Scottish Leaving Certificate Examination, 1961
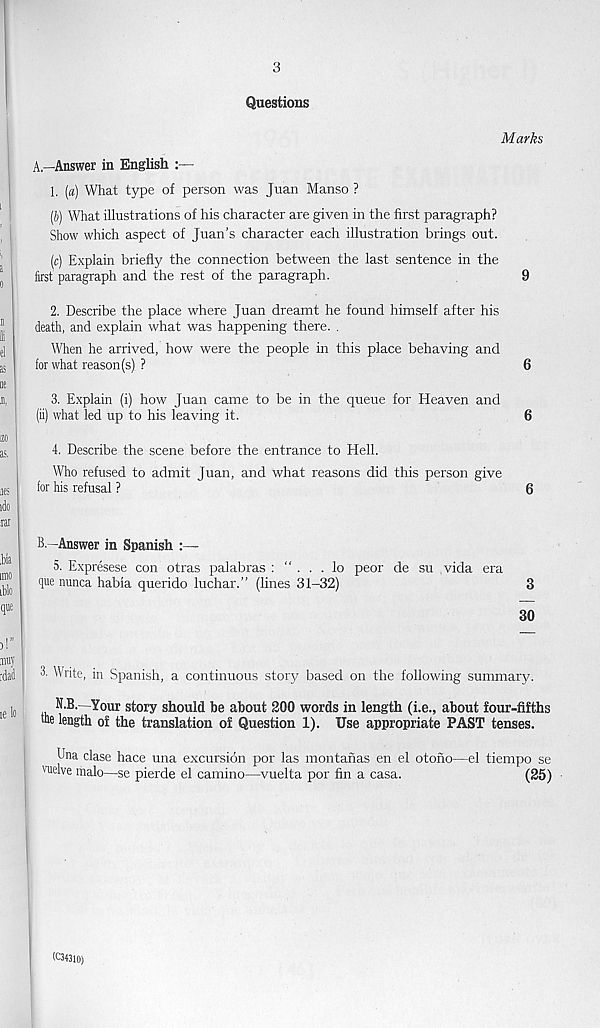
3
Questions
Marks
A—Answer in English :—
1. (a) What type of person was Juan Manso ?
(6) What illustrations of his character are given in the first paragraph?
Show which aspect of Juan’s character each illustration brings out.
(c) Explain briefly the connection between the last sentence in the
first paragraph and the rest of the paragraph.
9
2. Describe the place where Juan dreamt he found himself after his
death, and explain what was happening there. .
When he arrived, how were the people in this place behaving and
for what reason (s) ?
6
3. Explain (i) how Juan came to be in the queue for Heaven and
(ii) what led up to his leaving it.
6
4. Describe the scene before the entrance to Hell.
Who refused to admit Juan, and what reasons did this person give
for his refusal ?
6
B—Answer in Spanish :—
5. Expresese con otras palabras : . . . lo peor de su vida era
que nunca habia querido luchar.” (lines 31-32)
3
30
3- Write, in Spanish, a continuous story based on the following summary.
N-B. -Your story should he about 200 words in length (i.e., about four-fifths
tae length of the translation of Question 1). Use appropriate PAST tenses.
Una clase hace una excursion por las montanas en el otono—el tiempo se
vuelve malo—se pierde el camino—vuelta por fin a casa.
(25)
(C34310)